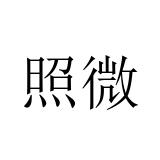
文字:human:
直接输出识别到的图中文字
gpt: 照微